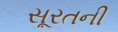
સૂરતની